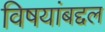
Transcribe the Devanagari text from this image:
विषयांबद्दल